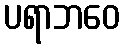
ပရာဘဝေ